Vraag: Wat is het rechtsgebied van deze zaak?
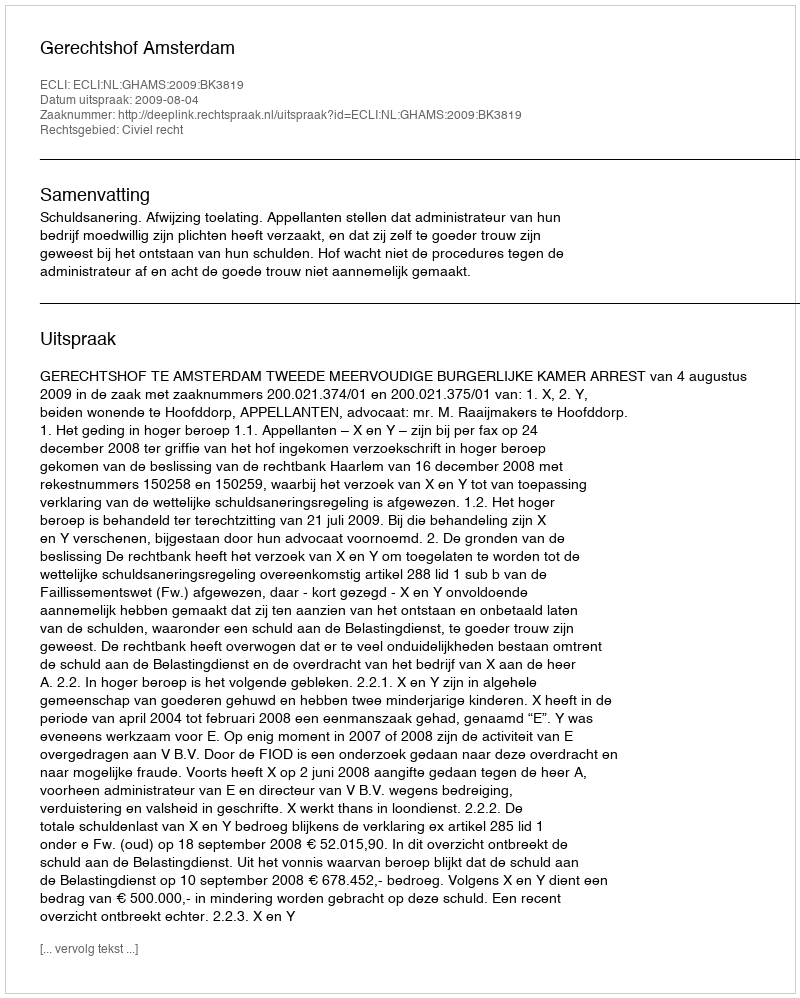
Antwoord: Civiel recht